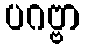
ပဂဗ္ဗာ